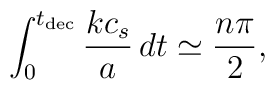
\int _0^{t_{\rm dec}}\frac{kc_s}{a}\, dt \simeq \frac{n   \pi }{2},